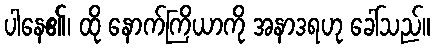
ပါနေ၏၊ ထို နောက်ကြိယာကို အနာဒရဟု ခေါ်သည်။